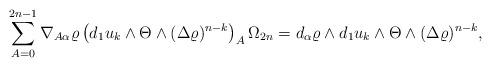
LaTeX: \begin{align*} \sum_{A=0}^{2n-1} \nabla_{A\alpha }\varrho\left(d_1u_k\wedge \Theta\wedge(\Delta \varrho)^{n-k}\right)_A \Omega_ {2n }=d_\alpha\varrho\wedge d_1u_k\wedge \Theta \wedge(\Delta \varrho)^{n-k},\end{align*}